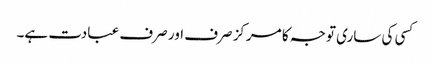
کسی کی ساری توجہ کا مرکز صرف اور صرف عبادت ہے۔